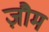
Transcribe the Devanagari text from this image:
ज़ौम